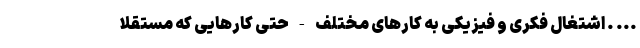
... . اشتغال فکری و فیزیکی به کارهای مختلف - حتی کارهایی که مستقلاً